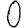
Digit: 0